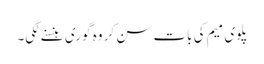
پلوی میم کی بات سن کر وہ گوری ہنسنے لگی۔